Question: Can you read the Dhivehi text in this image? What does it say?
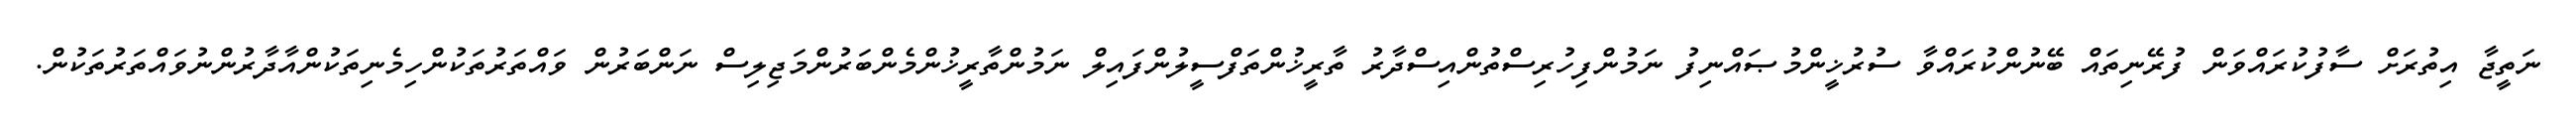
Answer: ނަތީޖާ އިތުރަށް ސާފުކުރައްވަން ފުރޭނިތައް ބޭނުންކުރައްވާ ސުރުޚީންމުޞައްނިފު ނަމުންފިހުރިސްތުންއިސްދާރު ތާރީޚުންތަފްސީލުންފައިލް ނަމުންތާރީޚުންމެންބަރުންމަޖިލިސް ނަންބަރުން ވައްތަރުތަކުންހިމެނިތަކުންއާދާރުންނުވައްތަރުތަކުން.